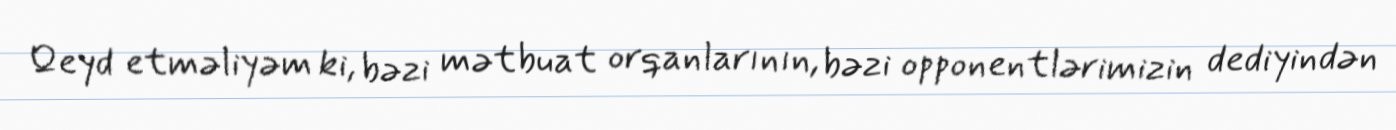
Qeyd etməliyəm ki, bəzi mətbuat orqanlarının, bəzi opponentlərimizin dediyindən